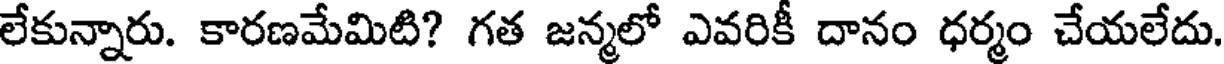
లేకున్నారు. కారణమేమిటి? గత జన్మలో ఎవరికీ దానం ధర్మం చేయలేదు